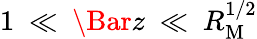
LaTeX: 1~\ll~\Bar{z}~\ll~R_{\mathrm{M}}^{1/2}